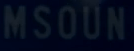
MSOUN